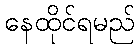
နေထိုင်ရမည်